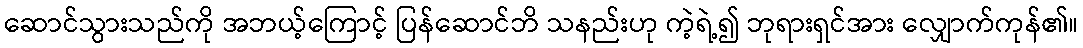
ဆောင်သွားသည်ကို အဘယ့်ကြောင့် ပြန်ဆောင်ဘိ သနည်းဟု ကဲ့ရဲ့၍ ဘုရားရှင်အား လျှောက်ကုန်၏။